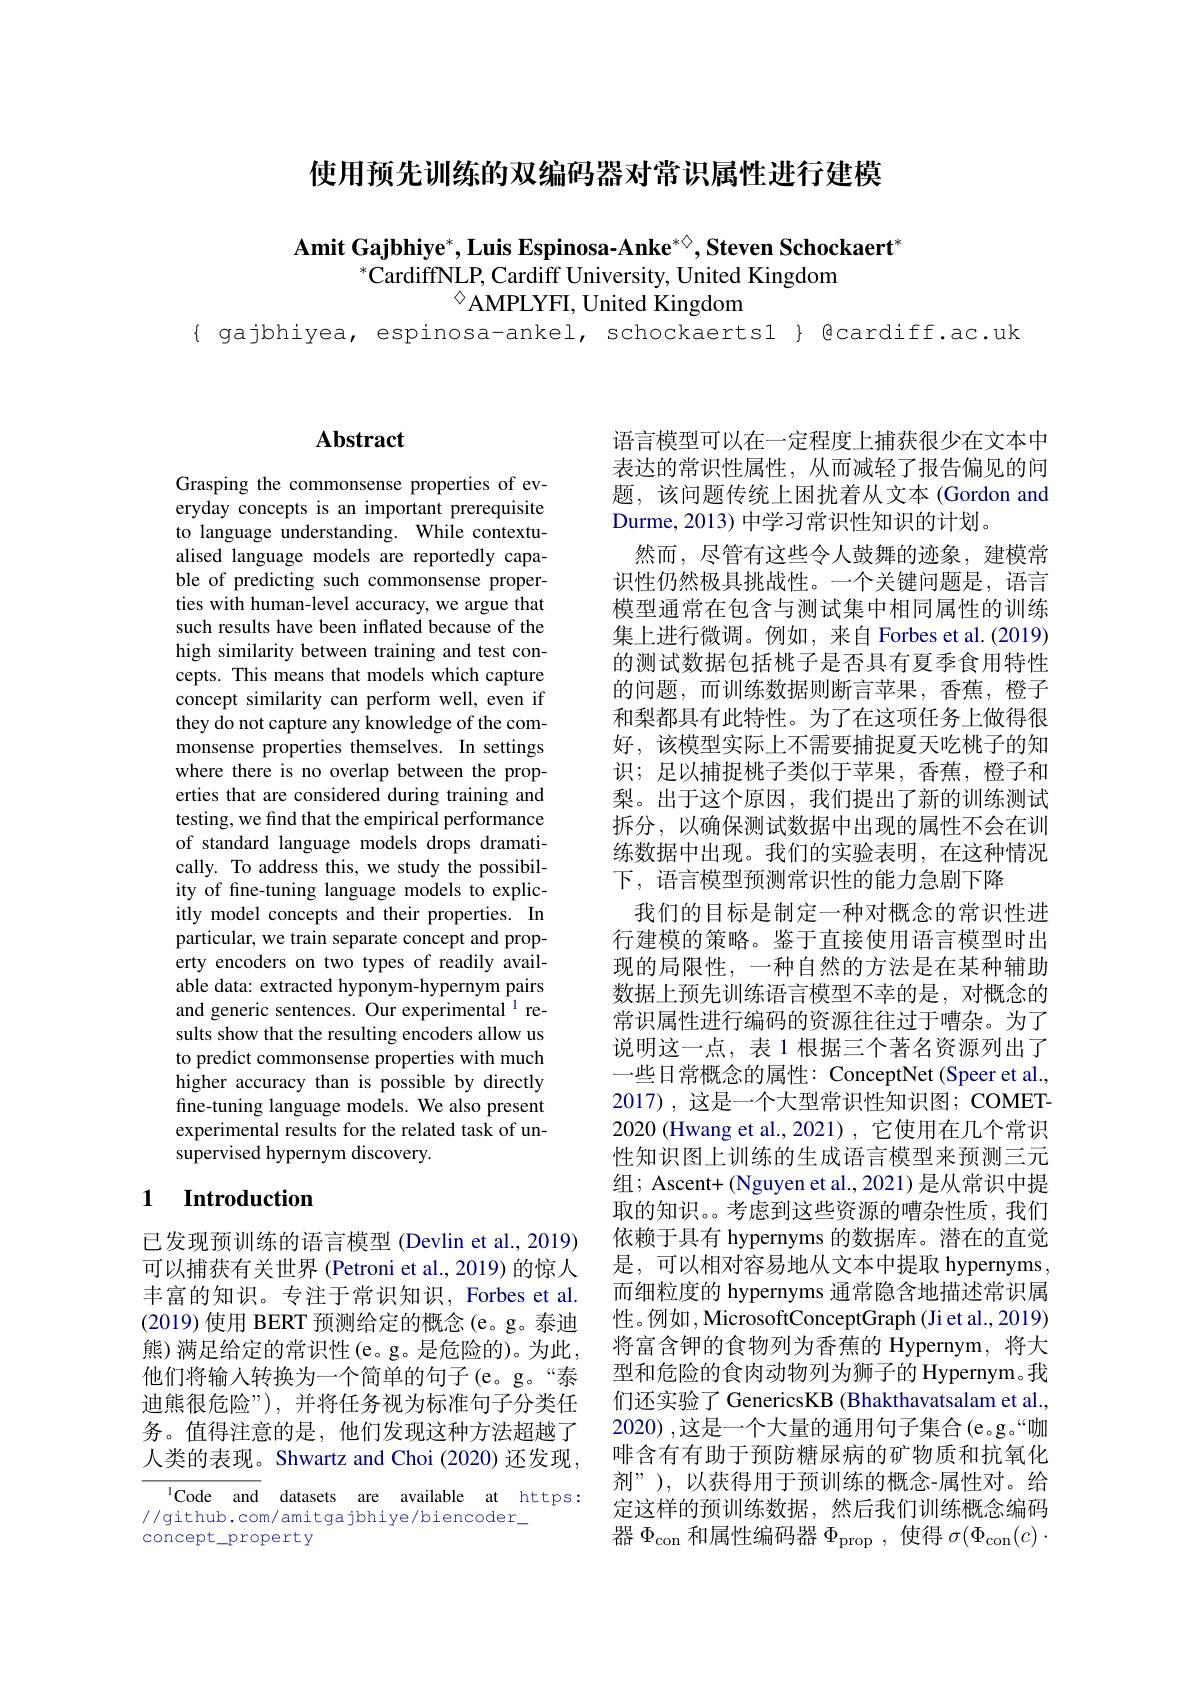
使用预先训练的双编码器对常识属性进行建模

$\mathbf{Amit~Gajbhiye}^*,\mathbf{Luis~Espinosa-Anke}^{*\diamondsuit},\mathbf{Steven~Schockaert}^*$
$^{*}$CardiffNLP, Cardiff University, United Kingdom
$^{\diamond}$AMPLYFI, United Kingdom

{ gajbhiyea, espinosa-ankel, schockaerts1 } Qcardiff.ac.uk

## $\mathbf{Abstract}$

Grasping the commonsense properties of everyday concepts is an important prerequisite to language understanding. While contextualised language models are reportedly capable of predicting such commonsense properties with human-level accuracy, we argue that such results have been inflated because of the high similarity between training and test concepts. This means that models which capture concept similarity can perform well, even if they do not capture any knowledge of the commonsense properties themselves. In settings where there is no overlap between the properties that are considered during training and testing, we find that the empirical performance of standard language models drops dramatically. To address this, we study the possibility of fine-tuning language models to explicitly model concepts and their properties. In particular, we train separate concept and property encoders on two types of readily available data: extracted hyponym-hypernym pairs and generic sentences. Our experimental $^{1}$ results show that the resulting encoders allow us to predict commonsense properties with much higher accuracy than is possible by directly fine-tuning language models. We also present experimental results for the related task of unsupervised hypernym discovery.

## 1 Introduction

已发现预训练的语言模型 (Devlin et al., 2019) 可以捕获有关世界 (Petroni et al., 2019) 的惊人丰富的知识。专注于常识知识，Forbes et al. (2019)使用 BERT 预测给定的概念 (e。g。泰迪熊) 满足给定的常识性(e。g。是危险的)。为此他们将输入转换为一个简单的句子(e。g。“泰迪熊很危险”),并将任务视为标准句子分类任务。值得注意的是，他们发现这种方法超越了人类的表现。Shwartz and Choi (2020) 还发现

$^{1}$Code and datasets are available at https:
//github.com/amitgajbhiye/biencoder\_
concept\_property

语言模型可以在一定程度上捕获很少在文本中表达的常识性属性，从而减轻了报告偏见的问题，该问题传统上困扰着从文本(Gordon and Durme, 2013) 中学习常识性知识的计划。
然而，尽管有这些令人鼓舞的迹象，建模常识性仍然极具挑战性。一个关键问题是，语言模型通常在包含与测试集中相同属性的训练集上进行微调。例如，来自 Forbes et al.(2019) 的测试数据包括桃子是否具有夏季食用特性的问题，而训练数据则断言苹果，香蕉，橙子和梨都具有此特性。为了在这项任务上做得很好，该模型实际上不需要捕捉夏天吃桃子的知识；足以捕捉桃子类似于苹果，香蕉，橙子和梨。出于这个原因，我们提出了新的训练测试拆分，以确保测试数据中出现的属性不会在训练数据中出现。我们的实验表明，在这种情况下，语言模型预测常识性的能力急剧下降
我们的目标是制定一种对概念的常识性进行建模的策略。鉴于直接使用语言模型时出现的局限性，一种自然的方法是在某种辅助数据上预先训练语言模型不幸的是，对概念的常识属性进行编码的资源往往过于嘈杂。为了说明这一点，表 1 根据三个著名资源列出了一些日常概念的属性：ConceptNet (Speer et al., 2017),这是一个大型常识性知识图；COMET- 2020 (Hwang et al.,2021) ,它使用在几个常识性知识图上训练的生成语言模型来预测三元组；Ascent+ (Nguyen et al., 2021) 是从常识中提取的知识。。考虑到这些资源的嘈杂性质，我们依赖于具有 hypernyms 的数据库。潜在的直觉是，可以相对容易地从文本中提取 hypernyms, 而细粒度的 hypernyms 通常隐含地描述常识属性。例如，MicrosoftConceptGraph (Ji et al., 2019) 将富含钾的食物列为香蕉的 Hypernym,将大型和危险的食肉动物列为狮子的 Hypernym。我们还实验了 GenericsKB (Bhakthavatsalam et al., 2020) ,这是一个大量的通用句子集合(e。g。“咖啡含有有助于预防糖尿病的矿物质和抗氧化剂”),以获得用于预训练的概念-属性对。给定这样的预训练数据，然后我们训练概念编码器$\Phi_\mathrm{con}$和属性编码器$\Phi_\mathrm{prop}$,使得$\sigma(\Phi_\mathrm{con}(c)\cdot$